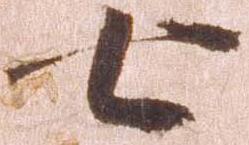
七